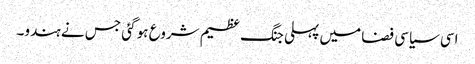
اسی سیاسی فضا میں پہلی جنگ عظیم شروع ہو گئی جس نے ہندو۔